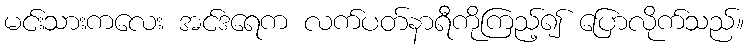
မင်းသားကလေး အင်ဒရေက လက်ပတ်နာရီကိုကြည့်၍ ပြောလိုက်သည်။